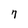
Character: 7